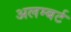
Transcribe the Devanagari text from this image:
अलम्बर्ट